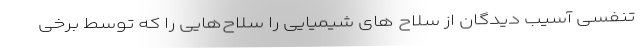
تنفسی آسیب دیدگان از سلاح های شیمیایی را سلاح‌هایی را که توسط برخی